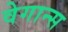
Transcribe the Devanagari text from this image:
वेगान्स